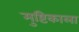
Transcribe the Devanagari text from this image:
मुष्टिकाला